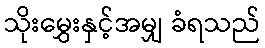
သိုးမွှေးနှင့်အမျှ ခံရသည်